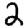
Digit: 2